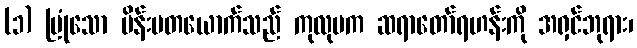
(၁) မြုံသော မိန်းမတယောက်သည် ကုလုပက ဆရာတော်ရဟန်းကို အရှင်ဘုရား၊